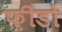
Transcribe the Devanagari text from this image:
फ़ीडो